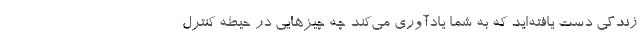
زندگی دست یافته‌اید که به شما یادآوری می‌کند چه چیزهایی در حیطه کنترل